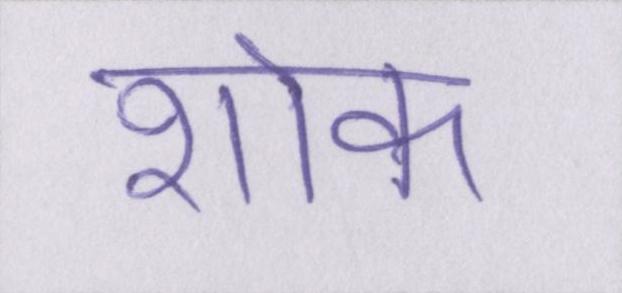
शोक